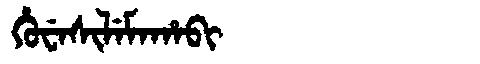
Manchu: ᡥᡠᠸᡝᠰᡳᠯᡝᠮᠠᡥᠠᠪᡳ
Romanization: HUWESILEMAHABI